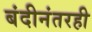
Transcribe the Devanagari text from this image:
बंदीनंतरही